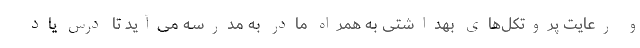
و رعایت پروتکل‌های بهداشتی به همراه مادر به مدرسه می‌آید تا درس یاد